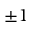
\pm 1